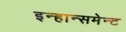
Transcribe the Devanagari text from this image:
इन्हान्समेन्ट